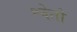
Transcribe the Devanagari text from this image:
श्वेतो